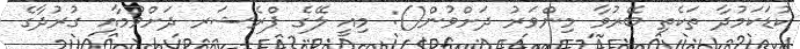
ކުޑަކަމުދާ ތަކެތި ބޭރުވާ މިންވަރު ދަށްވުން(): މިއީ ލޭގެ ޕްރެޝަރ ދަށްވުމާއި ގުރުދާގެ